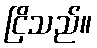
ငြိသည်။